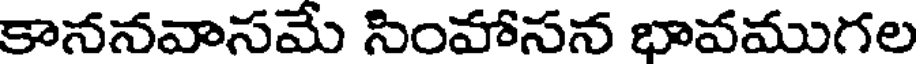
కాననవాసమే సింహాసన భావముగల